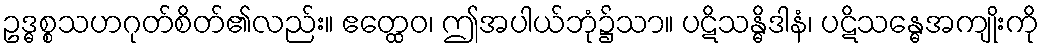
ဥဒ္ဓစ္စသဟဂုတ်စိတ်၏လည်း။ ဧတ္ထေဝ၊ ဤအပါယ်ဘုံ၌သာ။ ပဋိသန္ဓိဒါနံ၊ ပဋိသန္ဓေအကျိုးကို